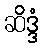
ဆိဒ္ဒံ